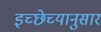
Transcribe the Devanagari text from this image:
इच्छेच्यानुसार